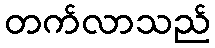
တက်လာသည်